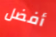
أفضل